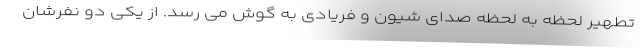
تطهیر لحظه به لحظه صدای شیون و فریادی به گوش می رسد. از یکی دو نفرشان